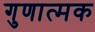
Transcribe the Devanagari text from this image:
गुणात्‍मक